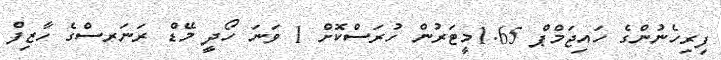
ފިރިހެނުންގެ ހައިޖަމްޕް 1.65މީޓަރުން ހުރަސްކޮށް 1 ވަނަ ހޯދީ މޭޑް ރަނަރސްގެ ހާޒިފް